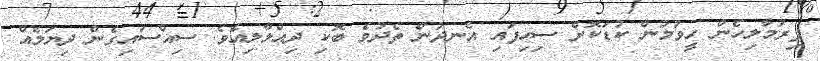
ފިރުމާލިހެން ހީވުމުން ކުޑަކޮށް ސިހިފައި އެނދުން ތެދުވެ ބޮކި ދިއްލާލިއެވެ. ސިއްސައިގެން ދިޔަލެއް